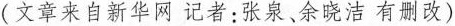
(文章来自新华网 记者:张泉、余晓洁 有删改)